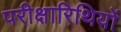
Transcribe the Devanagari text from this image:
परीक्षारिथियों